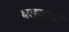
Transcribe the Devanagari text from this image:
घडयाळ